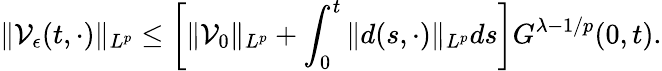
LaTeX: \| \mathcal{V}_{\epsilon}(t,\cdot)\| _{L^{p}}\leq\left[\| \mathcal{V}_{0}\| _{L^{p}}+\int_{0}^{t}\| d(s,\cdot)\| _{L^{p}}ds\right]G^{\lambda-1/p}(0,t).